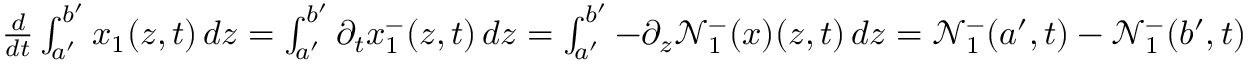
\begin{array} { r } { \frac { d } { d t } \int _ { a ^ { \prime } } ^ { b ^ { \prime } } x _ { 1 } ( z , t ) \, d z = \int _ { a ^ { \prime } } ^ { b ^ { \prime } } \partial _ { t } x _ { 1 } ^ { - } ( z , t ) \, d z = \int _ { a ^ { \prime } } ^ { b ^ { \prime } } - \partial _ { z } \mathcal { N } _ { 1 } ^ { - } ( x ) ( z , t ) \, d z = \mathcal { N } _ { 1 } ^ { - } ( a ^ { \prime } , t ) - \mathcal { N } _ { 1 } ^ { - } ( b ^ { \prime } , t ) } \end{array}